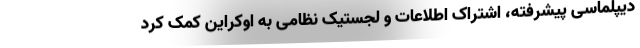
دیپلماسی پیشرفته، اشتراک اطلاعات و لجستیک نظامی به اوکراین کمک کرد